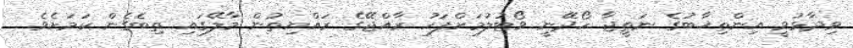
ވިދާޅުވީ އިންތިޚާބުގެ ނަތީޖާ ހޯދޭނީ ވޯޓުލުމަށްފަހު ރާއްޖޭގެ ރައްޔިތުން މާލޭގައި ތިބެގެން ކަމަށެވެ.